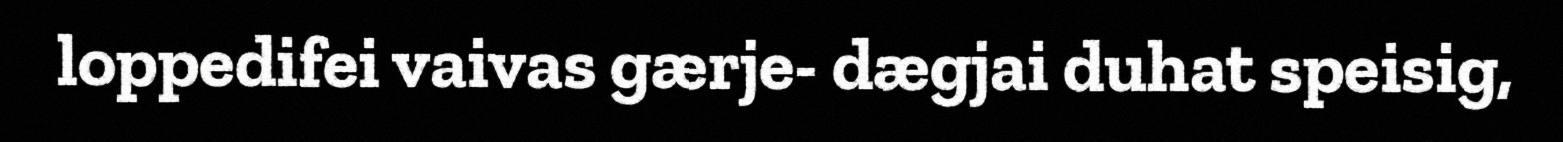
loppedifei vaivas gærje- dægjai duhat speisig,